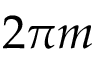
2 \pi m